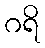
ဂရိ